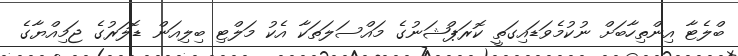
ބްލެޓާ އިންތިހާބަށް ނުކުމެވަޑައިގަތީ ކޮރަޕްޝަނުގެ މައްސަލަތަކާ އެކު މަލްޓި ބިލިއަން ޑޮލަރުގެ ޖަމިއްޔާގެ